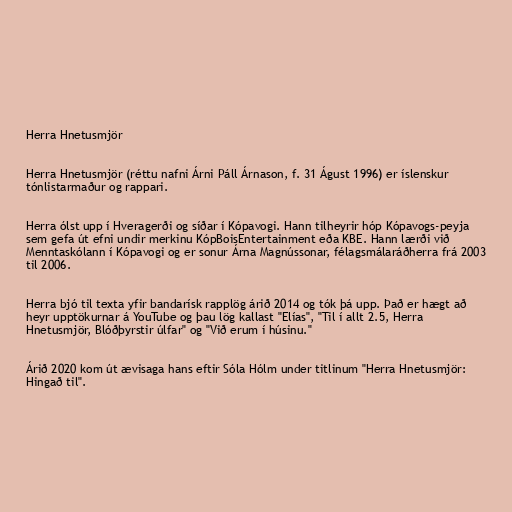
Herra Hnetusmjör

Herra Hnetusmjör (réttu nafni Árni Páll Árnason, f. 31 Águst 1996) er íslenskur
tónlistarmaður og rappari.

Herra ólst upp í Hveragerði og síðar í Kópavogi. Hann tilheyrir hóp Kópavogs-peyja
sem gefa út efni undir merkinu KópBoisEntertainment eða KBE. Hann lærði við
Menntaskólann í Kópavogi og er sonur Árna Magnússonar, félagsmálaráðherra frá 2003
til 2006.

Herra bjó til texta yfir bandarísk rapplög árið 2014 og tók þá upp. Það er hægt að
heyr upptökurnar á YouTube og þau lög kallast "Elías", "Til í allt 2.5, Herra
Hnetusmjör, Blóðþyrstir úlfar" og "Við erum í húsinu."

Árið 2020 kom út ævisaga hans eftir Sóla Hólm under titlinum "Herra Hnetusmjör:
Hingað til".